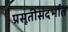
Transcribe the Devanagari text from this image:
प्रसूतीसंदर्भात